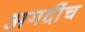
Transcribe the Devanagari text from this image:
अगदींच